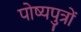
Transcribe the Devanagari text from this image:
पोष्यपुत्रों